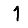
Digit: 1